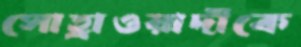
সোহ্রাওয়ার্দীকে